Punjab Mental Hospital Lahore 1922-31 - 1922-1931
Year: 1922
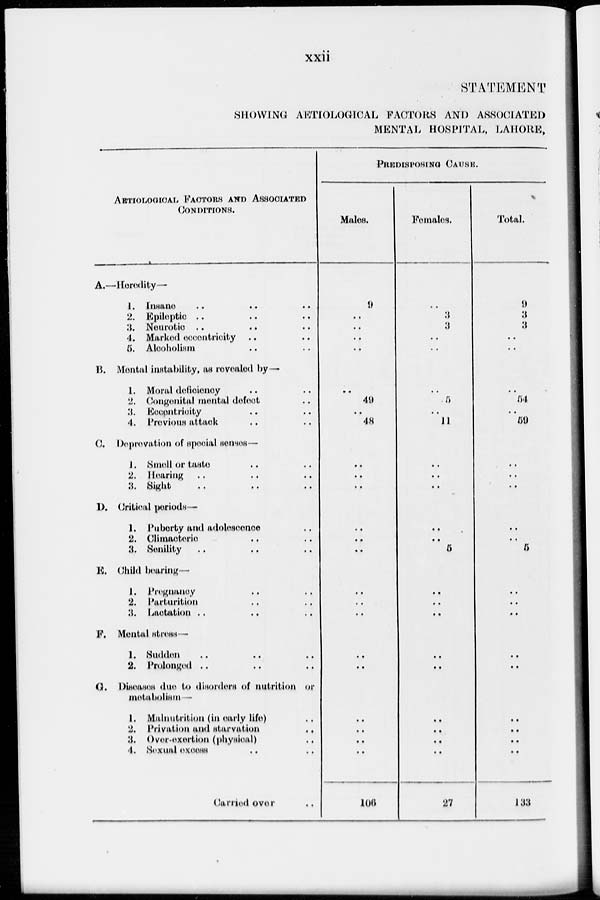
xxii
STATEMENT
SHOWING AETIOLOGICAL FACTORS AND ASSOCIATED
MENTAL HOSPITAL, LAHORE.
AETIOLOGICAL FACTORS AND ASSOCIATED
CONDITIONS.
A.—Heredity —
1. Insane .. .. ..
2. Epileptic .. .. ..
3. Neurotic .. .. ..
4. Marked eccentricity .. ..
5. Alcoholism .. ..
B. Mental instability, as revealed by—
1. Moral deficiency .. ..
2. Congenital mental defect ..
3. Eccentricity .. ..
4. Previous attack .. ..
C.
Deprevation of special senses—
1. Smell or taste .. ..
2. Hearing .. .. ..
3. Sight .. .. ..
D. Critical periods—
1. Puberty and adolescence ..
2. Climacteric .. ..
3. Senility .. .. ..
E. Child bearing—
1. Pregnancy .. ..
2. Parturition .. ..
3. Lactation .. .. ..
F. Mental stress—
1. Sudden .. .. ..
2. Prolonged .. .. ..
G. Diseases due to disorders of nutrition or
metabolism—
1. Malnutrition (in early life) ..
2. Privation and starvation ..
3. Over-exertion (physical) ..
4. Sexual excess ..
Carried over ..
PREDISPOSING CAUSE.
Males.
9
..
..
..
..
..
49
..
48
..
..
..
..
..
..
..
..
..
..
..
..
..
..
..
106
Females.
..
3
3
..
..
..
5
..
11
..
..
..
..
..
5
..
..
..
..
..
..
..
..
..
27
Total.
9
3
3
..
..
..
54
..
59
..
..
..
..
..
5
..
..
..
..
..
..
..
..
..
133